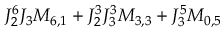
J _ { 2 } ^ { 6 } J _ { 3 } M _ { 6 , 1 } + J _ { 2 } ^ { 3 } J _ { 3 } ^ { 3 } M _ { 3 , 3 } + J _ { 3 } ^ { 5 } M _ { 0 , 5 }